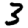
Digit: 3